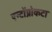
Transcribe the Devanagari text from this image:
एन्टोंप्रोकटा